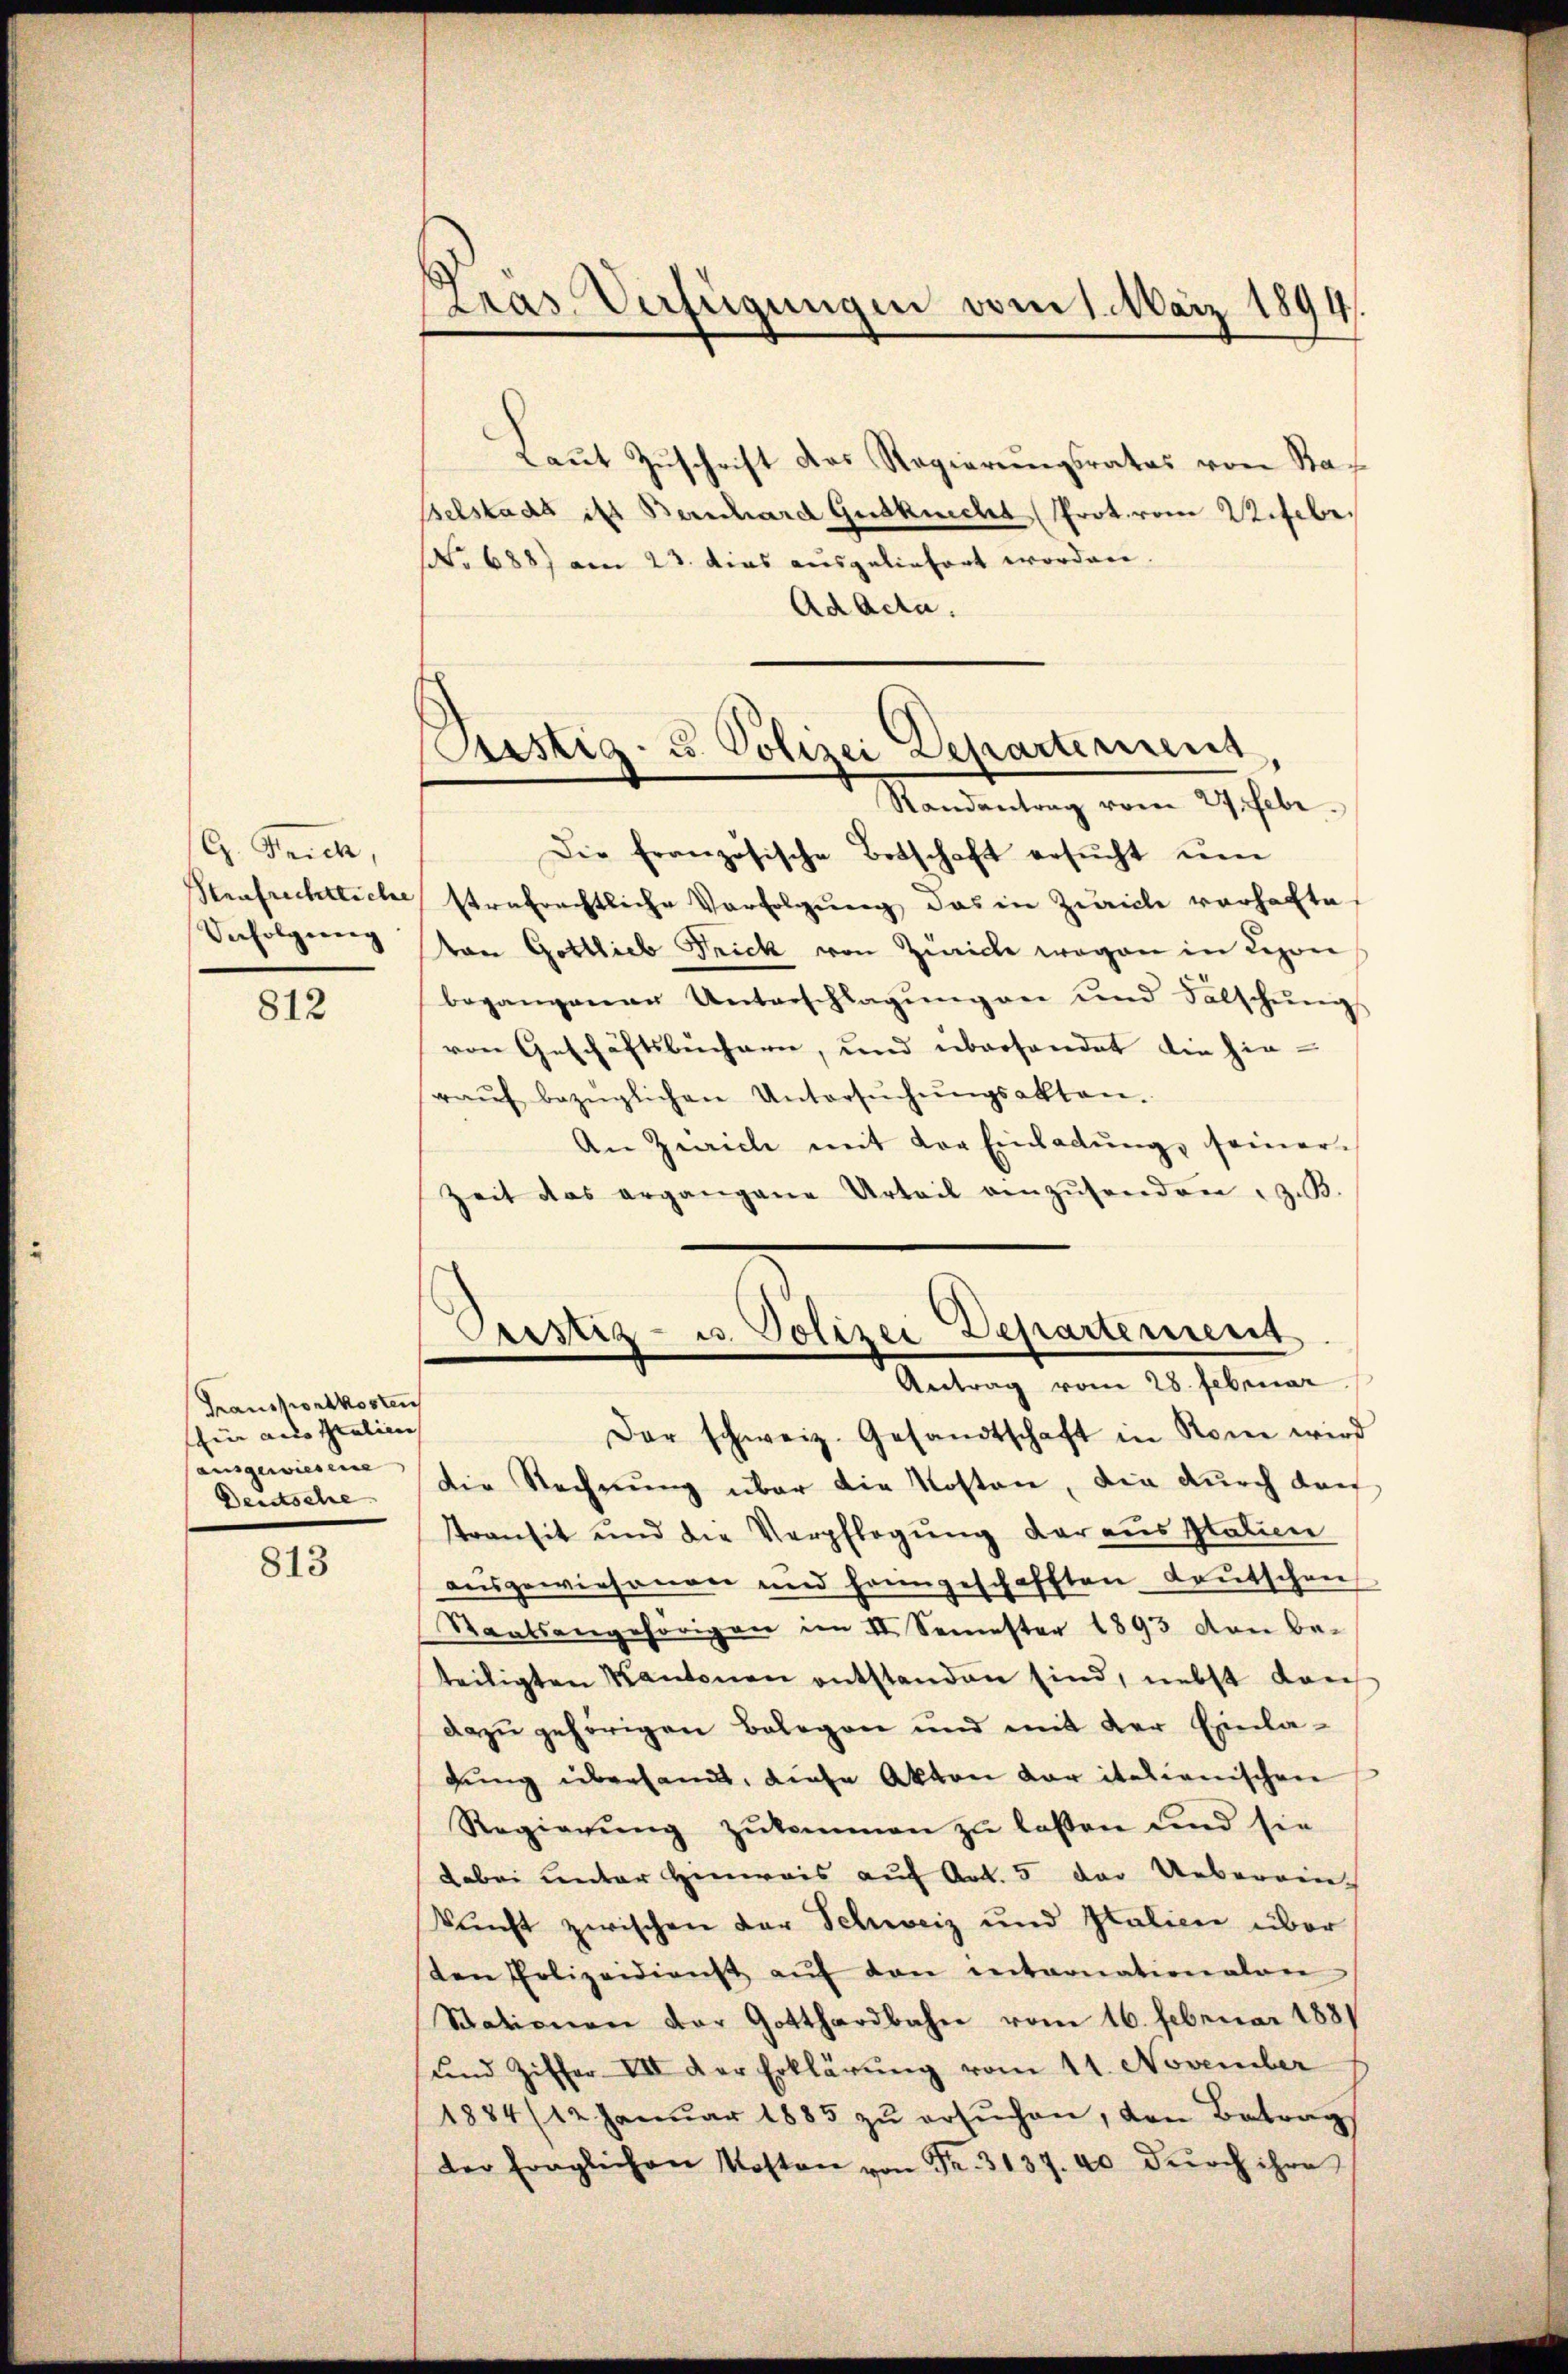
G. Frick,
Strafrichtliche
Befolgung

812

Transportkosten
fier acco Italien |
ausgewiesene |
Deidsche

813

Laṅt Zŭschrift das Regierŭngsrates von Sta-
selstadt ist Berschard Gutknecht Prot vom Wifebr.
No 688) am 23. dies ausgeliefert worden.
Ad Acta.

s
Das Verfügungen vom 1. März 1894.

Justiz- u. Polizei Departerirens
Randantrag vom 27. Febr.

Die französische Botschaft ersŭcht ŭm
strafrechtliche Verfolgung das in Zürich vorhafte
ton Gottlieb Frick von Zürich wegen in Lepon
begangener Unterschlagŭng an und Falschŭngs
von Geschäftsbuchern, und überhandet die hin-
raŭf bezüglichen Untersŭchŭngsakten.
An Zürich mit der Einladung, seiner¬
Zeit das ergangene Urteil anzŭsenden, z. B.
Der schweiz. Gesandtschaft in Rom wird
die Rechnung über die Kosten, die durch dan
ttransit und die Verpflegung der aus Statien
aŭsgewiesenen und hangeschafften Leŭtschen
Staatsangehörigen im II. Semester 1893 von beteiligten Kantonen entstanden sind, nebst dan
dazu gehörigen Belegen und mit der Einlagung übersandt, diese Akten der italienischen
Regierŭng zŭkommen zŭ lassen und sie
dabei unter Hinweis auf Art. 5 der Ueberein-
kunft zwischen der Schweiz und Italien über
sten Polizeidienst aŭf den internationalen
Stationen der Gotthardbahn vom 16. Februar 1881
und Ziffer VII der Erklärŭng vom 11. November
1884/12. Janŭar 1885 zŭ ersŭchen, den Betrag
der fraglichen Kosten von Fr. 3137. 40 dŭrch ihre

Durstiz- u. Polizei Departement
Antrag vom 28. Februar